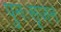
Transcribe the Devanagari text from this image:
पुनःसृजन